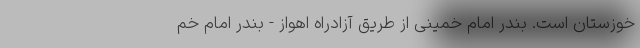
خوزستان است. بندر امام خمینی از طریق آزادراه اهواز - بندر امام خم